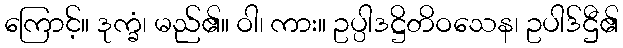
ကြောင့်။ ဒုက္ခံ၊ မည်၏။ ဝါ၊ ကား။ ဥပ္ပါဒဋ္ဌိတိဝသေန၊ ဥပါဒ်ဌီ၏